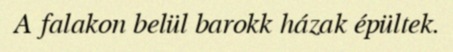
A falakon belül barokk házak épültek.